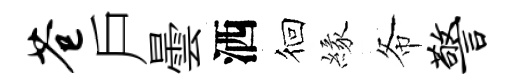
苍戶曇洒徊緣𢁙警